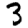
Digit: 3